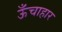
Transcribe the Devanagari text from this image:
ऊँचाहार